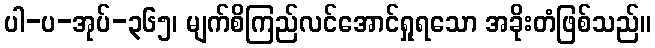
ပါ-ပ-အုပ်-၃၆၅၊ မျက်စိကြည်လင်အောင်ရှုရသော အခိုးတံဖြစ်သည်။